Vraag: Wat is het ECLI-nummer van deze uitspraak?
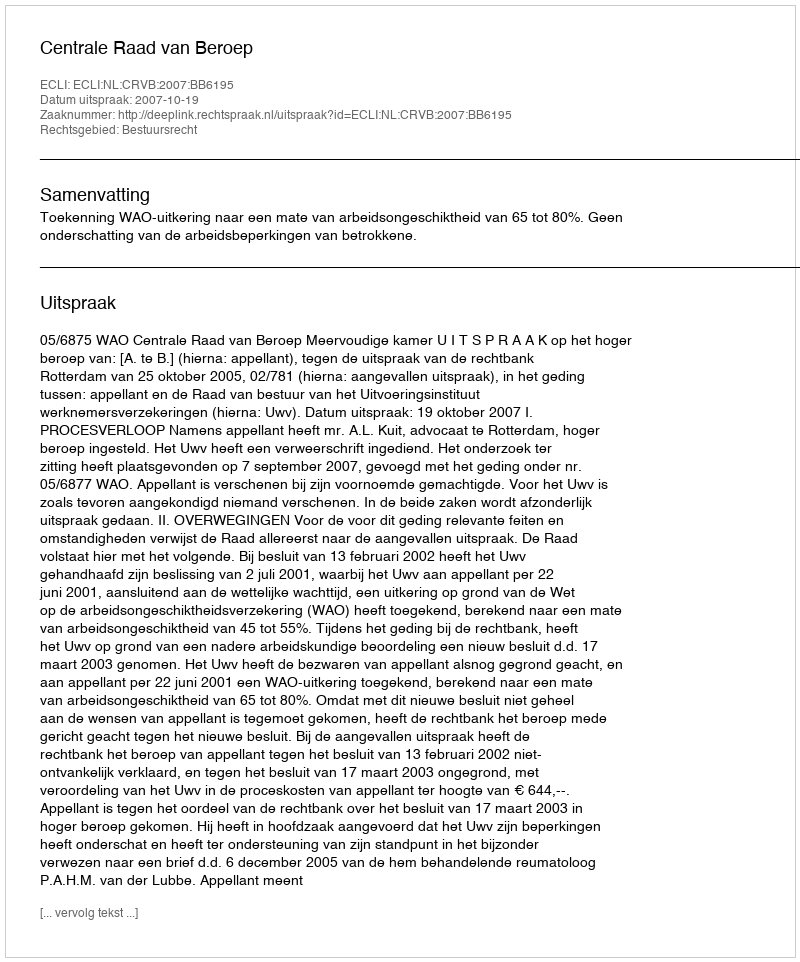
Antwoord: ECLI:NL:CRVB:2007:BB6195